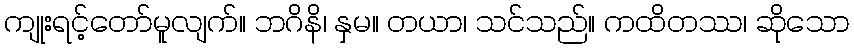
ကျုးရင့်တော်မူလျက်။ ဘဂိနိ၊ နှမ။ တယာ၊ သင်သည်။ ကထိတဿ၊ ဆိုသော